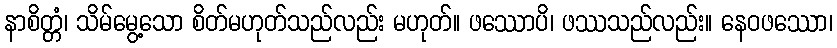
နာစိတ္တံ၊ သိမ်မွေ့သော စိတ်မဟုတ်သည်လည်း မဟုတ်။ ဖဿောပိ၊ ဖဿသည်လည်း။ နေဝဖဿော၊